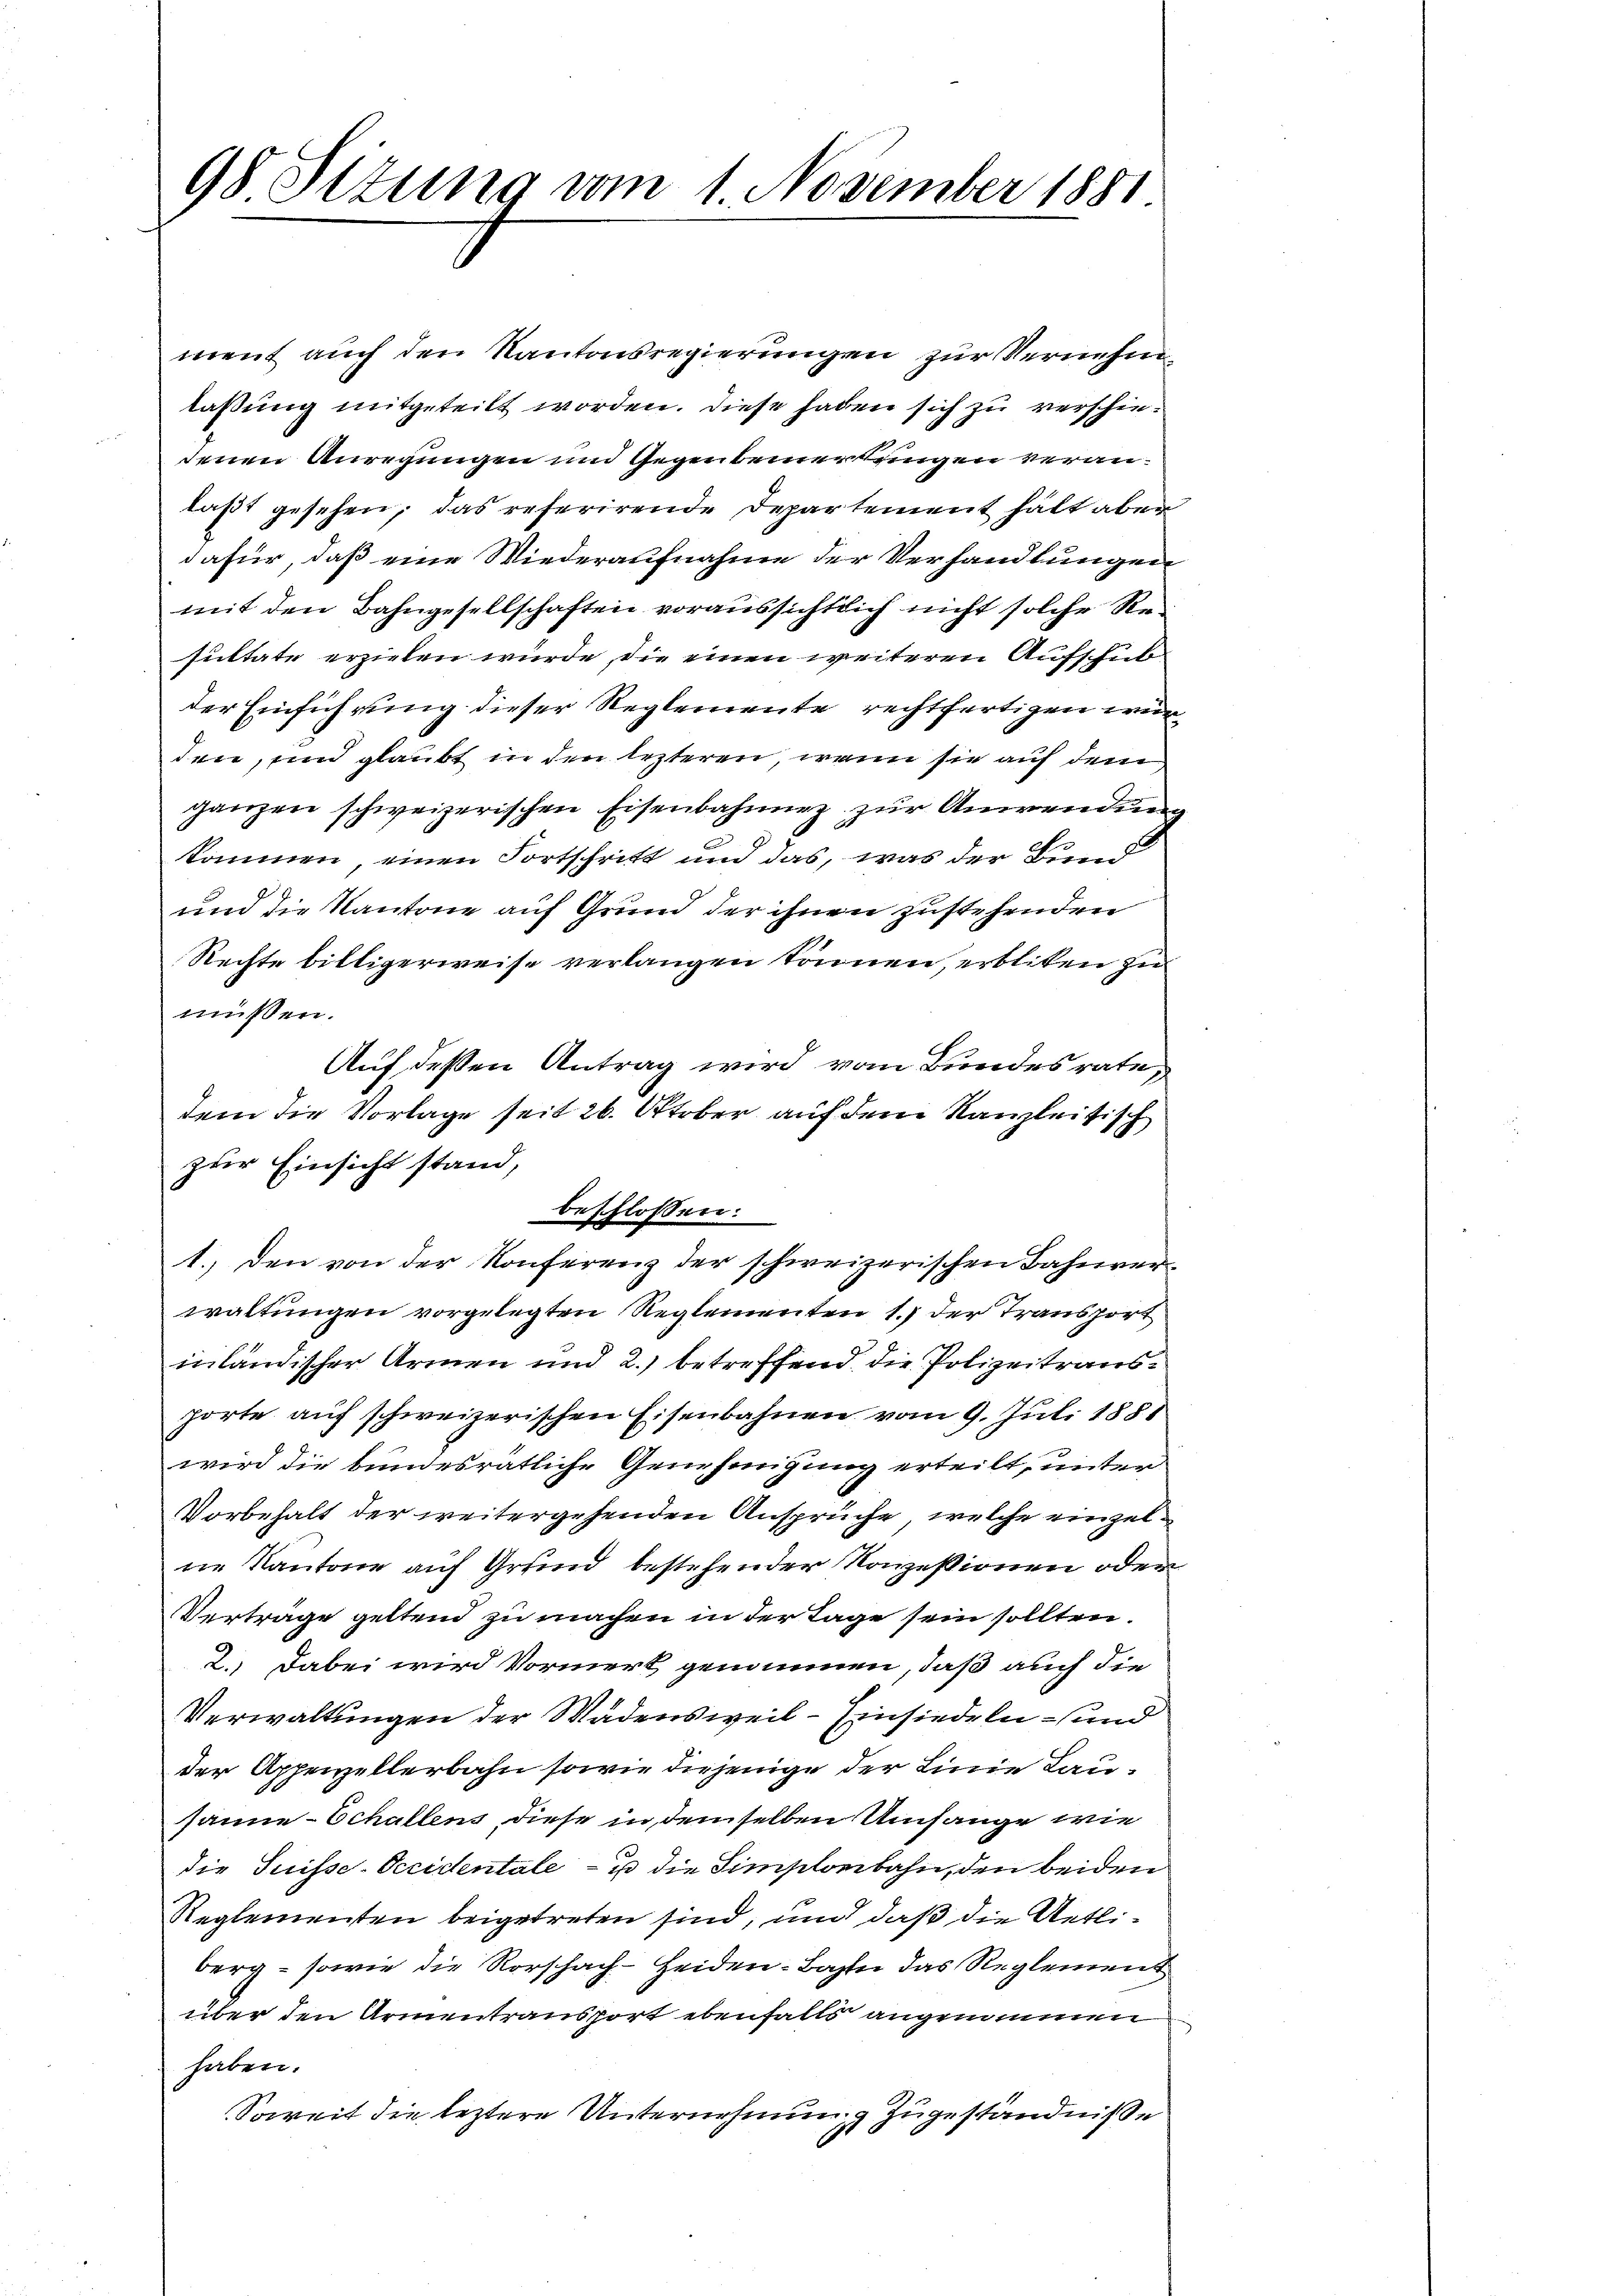
98 Situng vom 1. November 1881

ment auch den Kantonsregierungen zur Vernehmlassung mitgeteilt worden. Diese haben sich zu verschiedenen Anregungen und Gegenbemerkungen veranlaßt gesehen, das referirende Departement hält aber
dafür, daß eine Wiederaufnahme der Verhandlungen
mit den Bahngesellschaften voraussichtlich nicht solche Resultate erziehen würde, die einen weiteren Aufschubder Einführung dieser Reglemente rechtfertigen würden, und glaubt in den lezteren, wenn sie auf dem
ganzen schweizerischen Eisenbahnung zur Anwendung
kommen, einen Fortschritt und das, was der Bund
und die Kantone auf Grund der ihnen zustehenden
Rechte billigerweise verlangen können, erbliten zu
müssen.
Auf deßen Antrag wird vom Bundesrate,
dem die Vorlage seit 26. Oktober auf dem Kanzleisisch
zur Einsicht stand,
waltungen vorgelegten Reglementen 1. der Transport
inländischer Armen und 2.) betreffend die Polizeitrausporte auf schweizerischen Eisenbahnen vom 9. Juli 1881
wird die bundesrätliche Genehmigung erteilt, unter
Vorbehalt der weitergehenden Ansprüche, welche einzelne Kantone auf Grund bestehender Konzessionen oder
Verträge geltend zu machen in der Tage sein sollten.
2.) Dabei wird Vormerk genommen, daß auch die
Verwaltungen der Wädensweil–Einsiedeln – und
der Appenzellerbahn sowie derjenige der Linie Lausanie-Schallens, diese in demselben Umfange wie
die Suisse-Occidentale - u die Simplonbahn, den beiden
Reglementen beigetreten sind, und daß die Uetliberg - sowie die Rorschach-Heiden-Bahn das Reglement
über den Armentransport ebenfalls angrimmen
haben.
Soweit die leztere Unternehmung zugeständniße

beschlossen:
1. den von der Konferenz der schweizerischen Bahnver¬